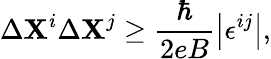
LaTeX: \Delta\mathbf{X}^{i}\Delta\mathbf{X}^{j}\geq\frac{{\hbar}}{{2eB}}\left|\epsilon^{ij}\right|,